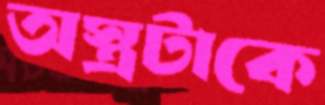
অস্ত্রটাকে